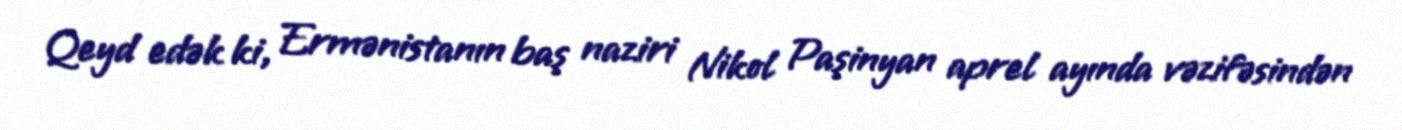
Qeyd edək ki, Ermənistanın baş naziri Nikol Paşinyan aprel ayında vəzifəsindən